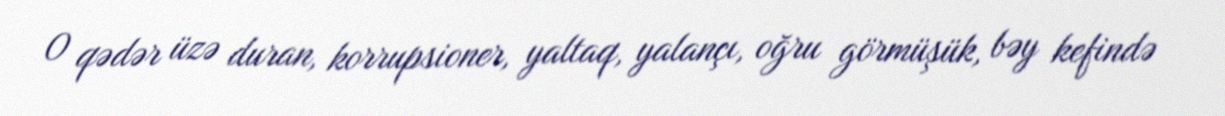
O qədər üzə duran, korrupsioner, yaltaq, yalançı, oğru görmüşük, bəy kefində